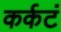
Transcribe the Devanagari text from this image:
कर्कटं